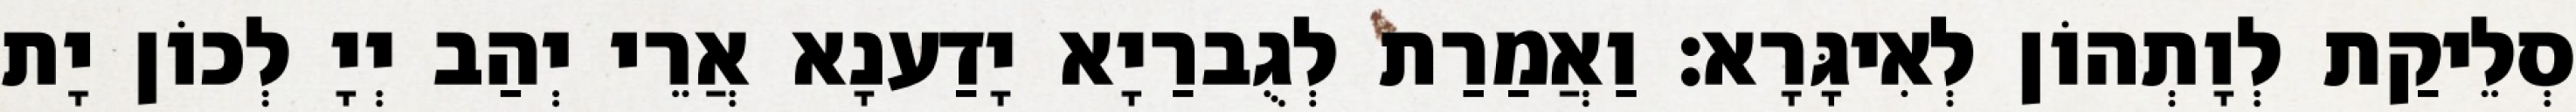
סְלֵיקַת לְוָתְהוֹן לְאִיגָּרָא׃ וַאֲמַרַת לְגֻברַיָא יָדַענָא אֲרֵי יְהַב יְיָ לְכוֹן יָת